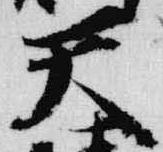
天